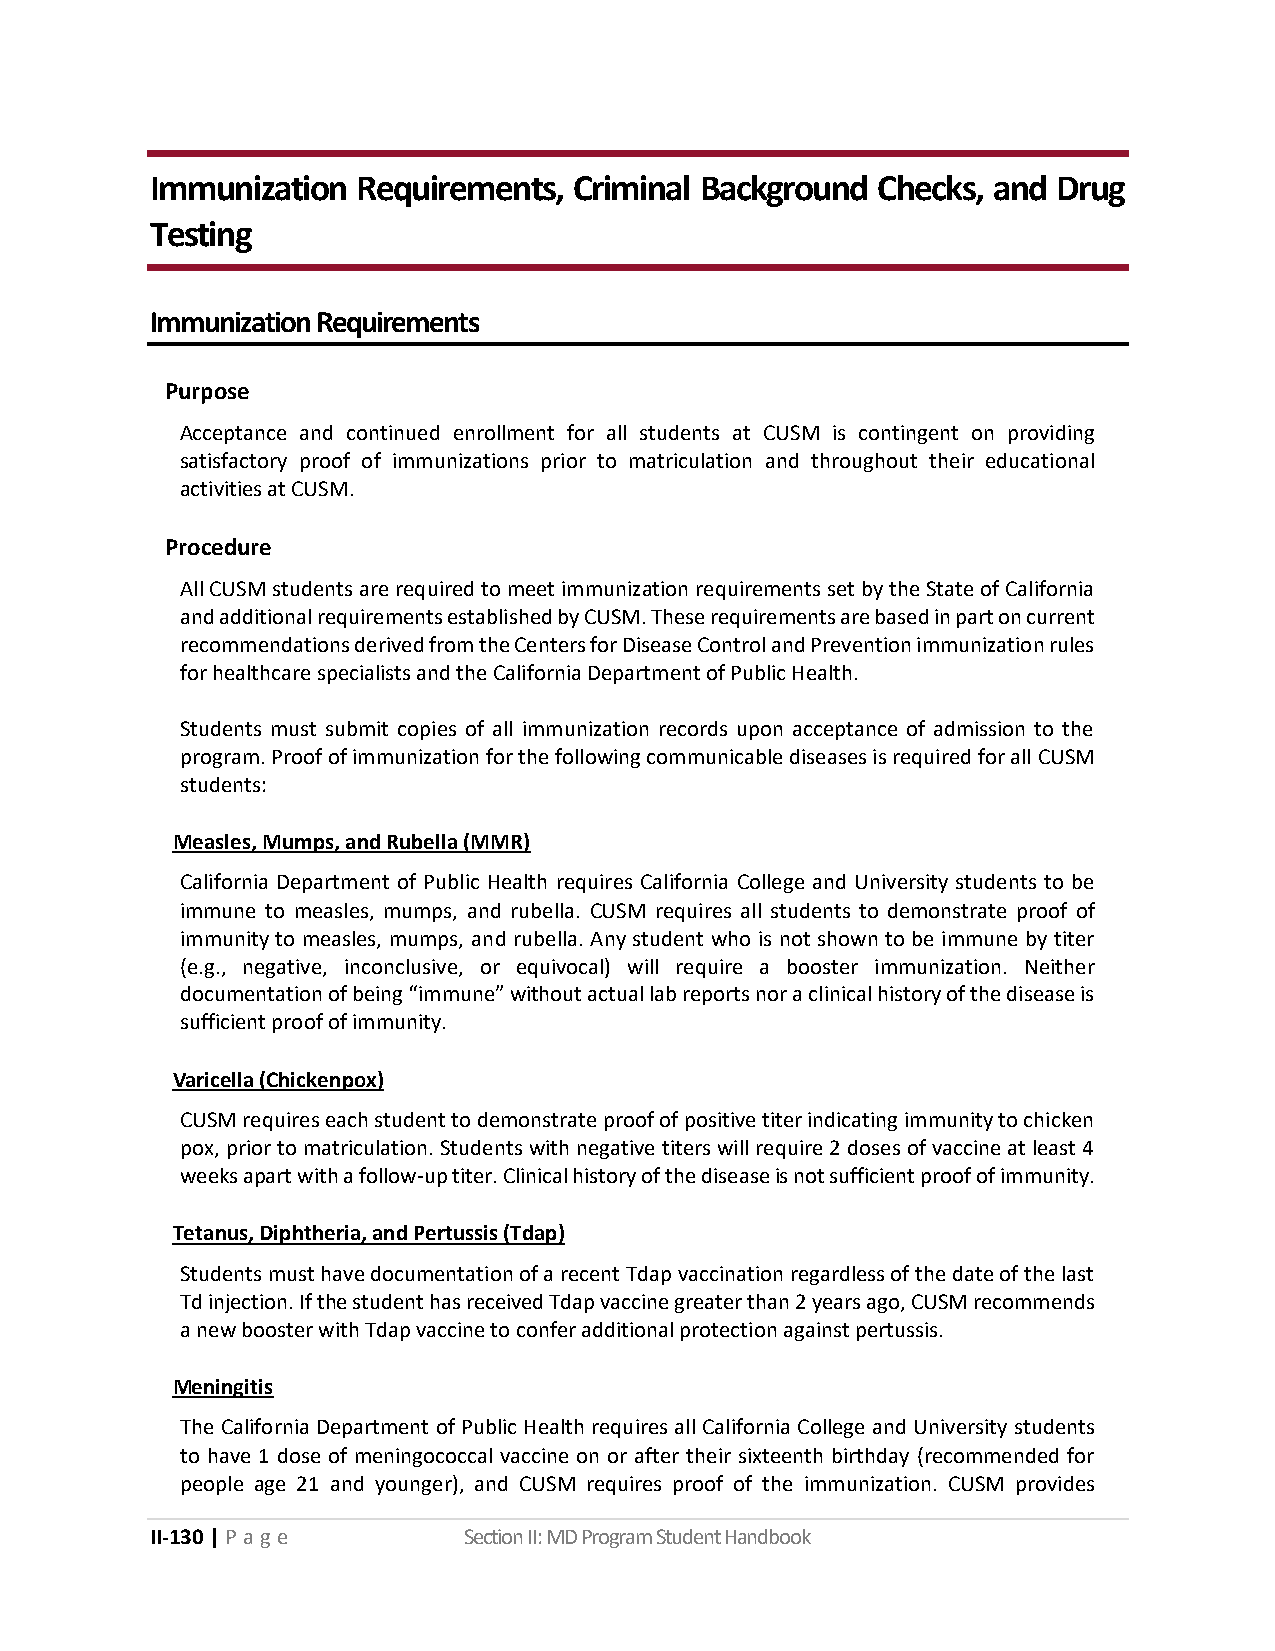
Immunization  Requirements, Criminal Background Checks, and Drug
 Testing
 Immunization Requirements
 Purpose
 Acceptance and continued enrollment for all students at CUSM is contingent on providing
 satisfactory proof of immunizations prior to matriculation and throughout their educational
 activities at CUSM.
 Procedure
 All CUSM students are required to meet immunization requirements set by the State of California
 and additional requirements established by CUSM. These requirements are based in part on current
 recommendations derived from the Centers for Disease Control and Prevention immunization rules
 for healthcare specialists and the California Department of Public Health.
 Students must submit copies of all immunization records upon acceptance of admission to the
 program. Proof of immunization for the following communicable diseases is required for all CUSM
 students:
 Measles, Mumps, and Rubella (MMR)
 California Department of Public Health requires California College and University students to be
 immune to measles, mumps, and rubella. CUSM requires all students to demonstrate proof of
 immunity to measles, mumps, and rubella. Any student who is not shown to be immune by titer
 (e.g., negative, inconclusive, or equivocal) will require a booster immunization. Neither
 documentation of being “immune” without actual lab reports nor a clinical history of the disease is
 sufficient proof of immunity.
 Varicella (Chickenpox)
 CUSM requires each student to demonstrate proof of positive titer indicating immunity to chicken
 pox, prior to matriculation. Students with negative titers will require 2 doses of vaccine at least 4
 weeks apart with a follow-up titer. Clinical history of the disease is not sufficient proof of immunity.
 Tetanus, Diphtheria, and Pertussis (Tdap)
 Students must have documentation of a recent Tdap vaccination regardless of the date of the last
 Td injection. If the student has received Tdap vaccine greater than 2 years ago, CUSM recommends
 a new booster with Tdap vaccine to confer additional protection against pertussis.
 Meningitis
 The California Department of Public Health requires all California College and University students
 to have 1 dose of meningococcal vaccine on or after their sixteenth birthday (recommended for
 people age 21 and younger), and CUSM requires proof of the immunization. CUSM provides
 II-130 | P a ge      Section II: MD Program Student Handbook